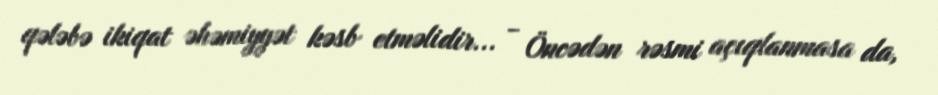
qələbə ikiqat əhəmiyyət kəsb etməlidir... - Öncədən rəsmi açıqlanmasa da,